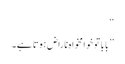
‘‘
’’بابا تو خوامخواہ ناراض ہوتا ہے۔